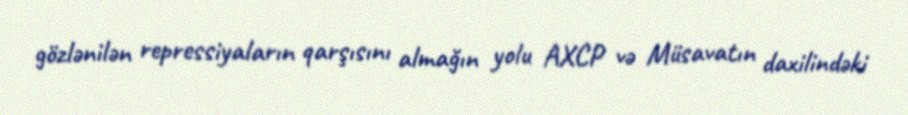
gözlənilən repressiyaların qarşısını almağın yolu AXCP və Müsavatın daxilindəki